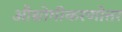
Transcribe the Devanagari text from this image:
औद्योगीकरणोत्तर